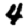
Digit: 4